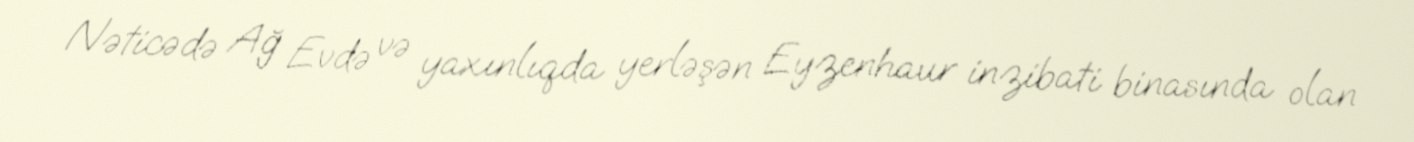
Nəticədə Ağ Evdə və yaxınlıqda yerləşən Eyzenhaur inzibati binasında olan